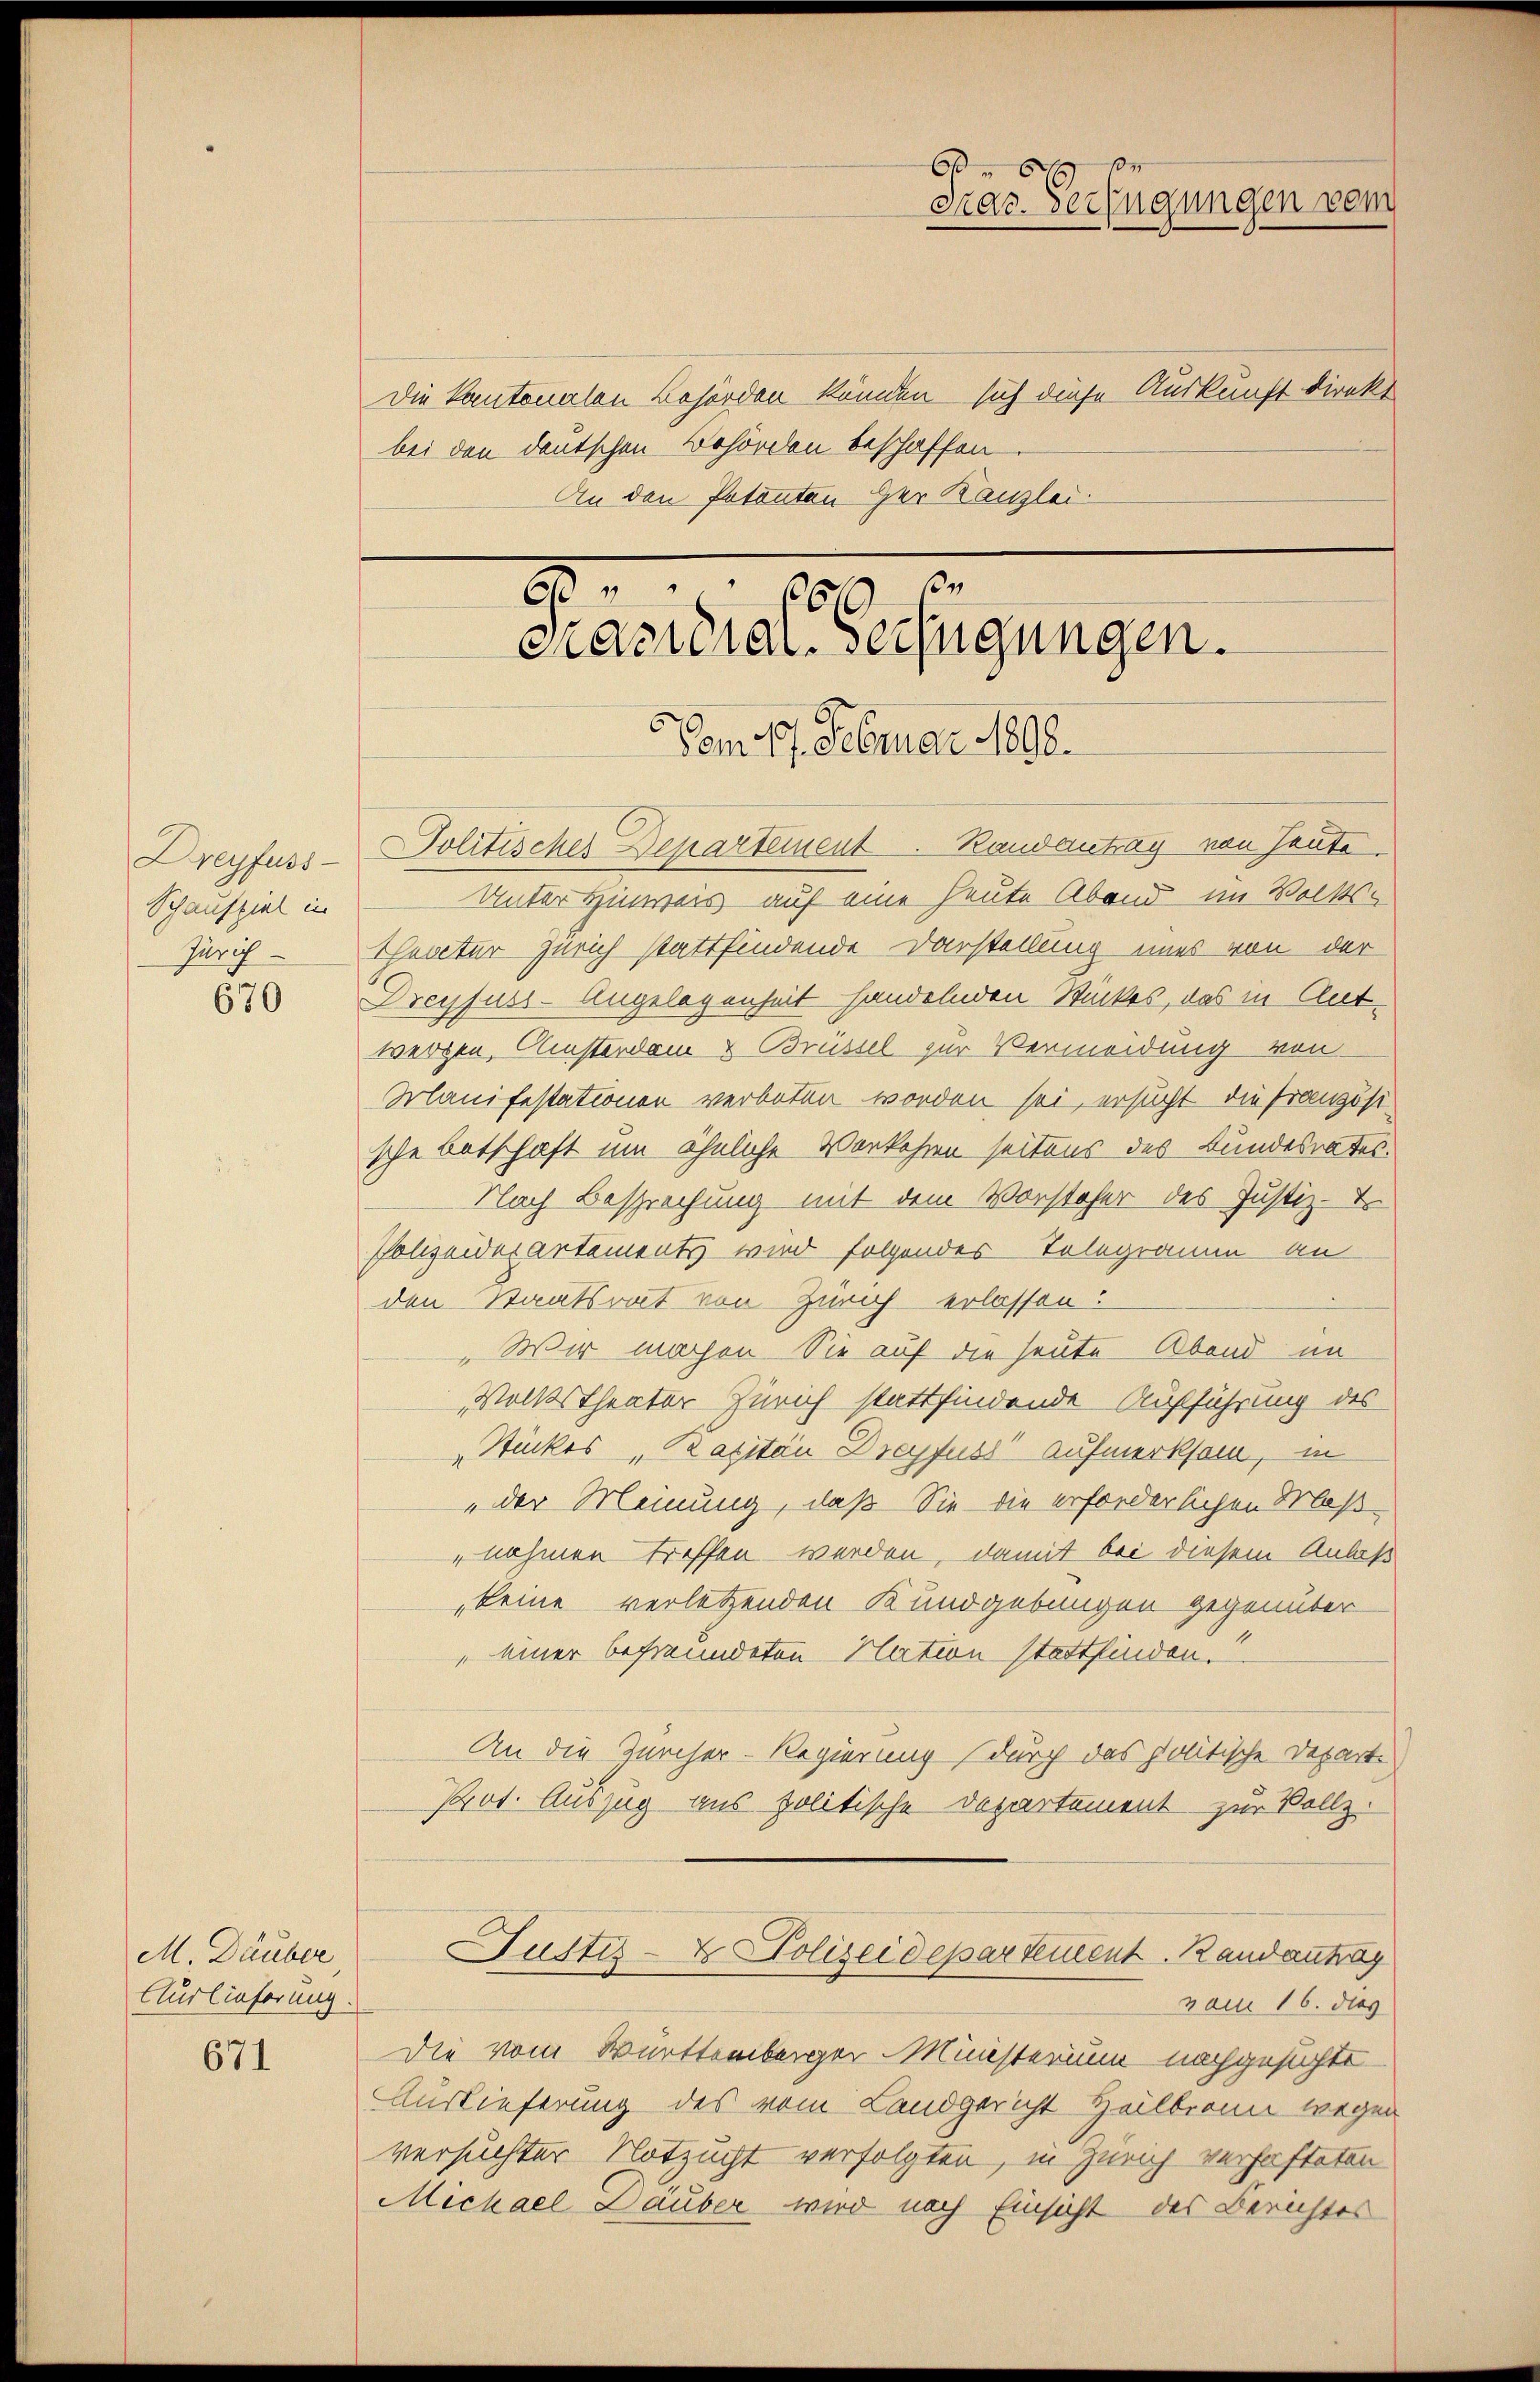
Dreyfuss
Schauspiel in

670

M. Däuber
Auslieferung

671

Die kantonalen Behörden kunden sich diese Auskunft direkt
bei den deutschen Behörden beschaffen
An den Potenten Her Kanzlei.

Politisches Departement. Randantrag von Saute.
Unter Hinweis auf eine heute Abend im Volks-
Zürich - Theater Zürich stattfindende Darstellung eines von der
Dreyfuss-Angelegenheit handelnden Stückes, das in Antwergen, Amsterdam & Brüssel zur Vermeidung von
Manifestationen verboten worden sei, ersucht die französische Botschaft um ähnliche Vorkehren seitens des Bundesrates.
Nach Besprechung mit dem Vorsteher des Justiz-
Polizeiderartements wird folgendes Telegramm an
den Staatsrat von Zürich erlassen:
„Wir machen Sie auf die heute Abend im
Volkstheater Zürich stattfindende Aufführung des
Stückes Kapitän Dreyfuss Aufmerksam, in
"der Meinung, daß Sie die erforderlichen Maßnahmen treffen werden, damit bei diesem Anlaß
keine verletzenden Kundgebungen gegenüber
„einer befreundeten Nation stattfinden.
An die Zürcher-Regierung (durch das politische Depart
Prot. Auszug aus politische Departement zur Vollz
Justiz- & Polizeidepartement. Randantrag
vom 16. dies
Die vom Württemberger Ministerium nachgesuchte
Auslieferung des vom Landgericht Heilbronn wegen
versuchter Notzucht verfolgten, in Zürich verhafteten
Michael Lauber wird nach Einsicht des Berichtes

662
cazionen-Verfügungen.
Vom 17. Februar 1890.

.

bs de
Krar. Verfügungen vom